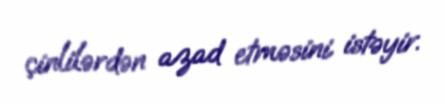
çinlilərdən azad etməsini istəyir.